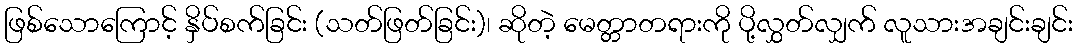
ဖြစ်သောကြောင့် နှိပ်စက်ခြင်း (သတ်ဖြတ်ခြင်း)၊ ဆိုတဲ့ မေတ္တာတရားကို ပို့လွှတ်လျှက် လူသားအချင်းချင်း